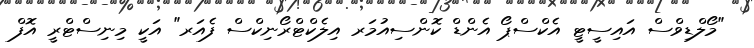
"މޯލްޑިވްސް އައިސީޓީ އެކްސްޕޯ އެންޑް ކޮންސިއުމަރ އިލެކްޓްރޯނިކްސް ފެއަރ" އަކީ މިނިސްޓްރީ އޮފް